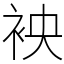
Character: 䘧